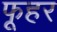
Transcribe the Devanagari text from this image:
फूहर